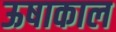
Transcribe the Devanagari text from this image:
ऊषाकाल